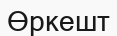
Өркешт